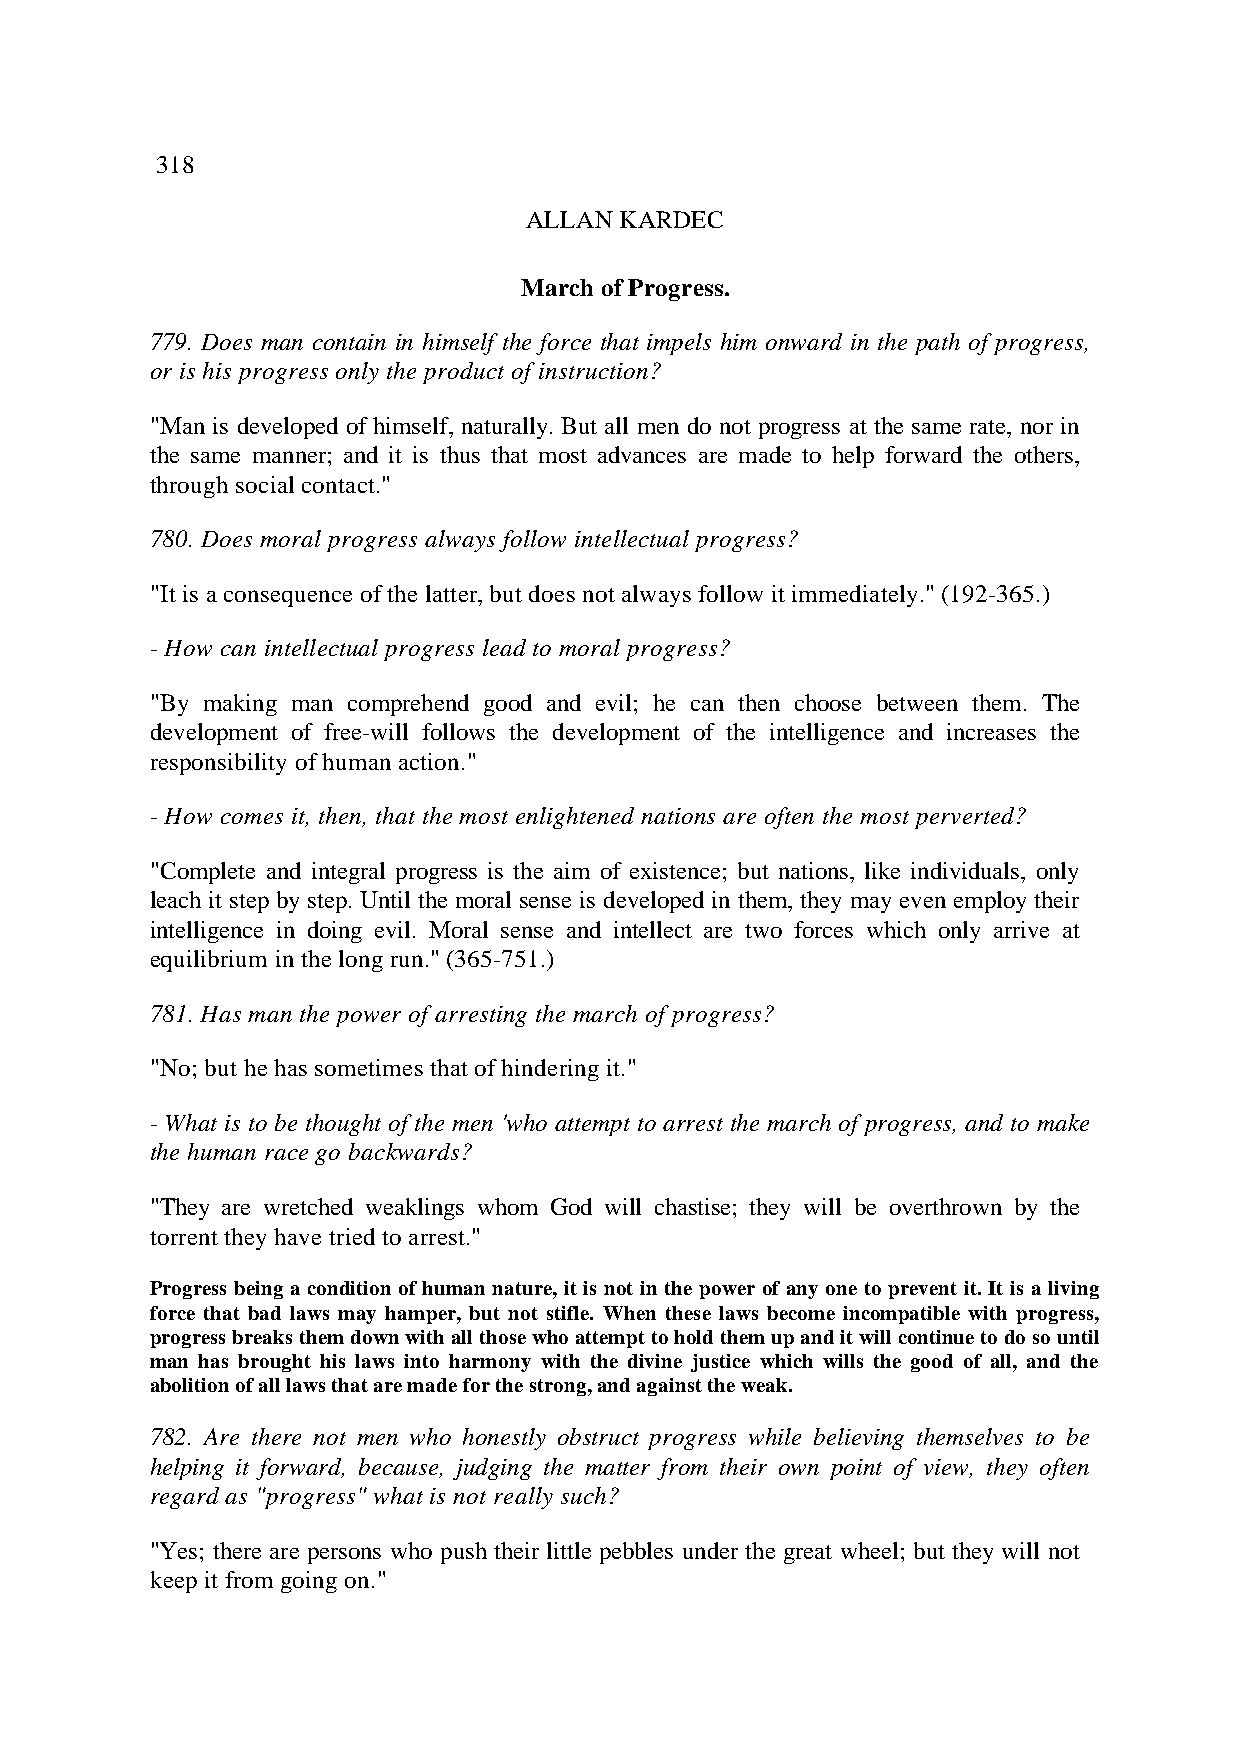
318
 ALLAN KARDEC
 March of Progress.
 779. Does man contain in himself the force that impels him onward in the path of progress,
 or is his progress only the product of instruction?
 "Man is developed of himself, naturally. But all men do not progress at the same rate, nor in
 the same manner; and it is thus that most advances are made to help forward the others,
 through social contact."
 780. Does moral progress always follow intellectual progress?
 "It is a consequence of the latter, but does not always follow it immediately." (192-365.)
 - How can intellectual progress lead to moral progress?
 "By making man comprehend good and evil; he can then choose between them. The
 development of free-will follows the development of the intelligence and increases the
 responsibility of human action."
 - How comes it, then, that the most enlightened nations are often the most perverted?
 "Complete and integral progress is the aim of existence; but nations, like individuals, only
 leach it step by step. Until the moral sense is developed in them, they may even employ their
 intelligence in doing evil. Moral sense and intellect are two forces which only arrive at
 equilibrium in the long run." (365-751.)
 781. Has man the power of arresting the march of progress?
 "No; but he has sometimes that of hindering it."
 - What is to be thought of the men 'who attempt to arrest the march of progress, and to make
 the human race go backwards?
 "They are wretched weaklings whom God will chastise; they will be overthrown by the
 torrent they have tried to arrest."
 Progress being a condition of human nature, it is not in the power of any one to prevent it. It is a living
 force that bad laws may hamper, but not stifle. When these laws become incompatible with progress,
 progress breaks them down with all those who attempt to hold them up and it will continue to do so until
 man has brought his laws into harmony with the divine justice which wills the good of all, and the
 abolition of all laws that are made for the strong, and against the weak.
 782. Are there not men who honestly obstruct progress while believing themselves to be
 helping it forward, because, judging the matter from their own point of view, they often
 regard as "progress" what is not really such?
 "Yes; there are persons who push their little pebbles under the great wheel; but they will not
 keep it from going on."